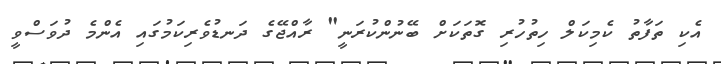
އެކި ތަފާތު ކެމިކަލް ހިތުހުރި ގޮތަކަށް ބޭނުންކުރަނީ" ރާއްޖޭގެ ދަނޑުވެރިކަމުގައި އެންމެ ދުވަސްވީ